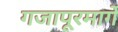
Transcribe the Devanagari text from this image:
गजापूरमार्गे